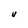
Character: V